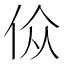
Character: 𬾀